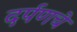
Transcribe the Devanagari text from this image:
दर्पणचे